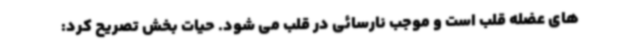
های عضله قلب است و موجب نارسائی در قلب می شود. حیات بخش تصریح کرد: